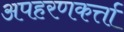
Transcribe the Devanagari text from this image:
अपहरणकर्त्ता